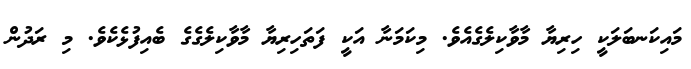
މައިކަނބަލަކީ ހިރިޔާ މާވާކިލެގެއެވެ. މިކަމަނާ އަކީ ފަތަހިރިޔާ މާވާކިލެގެގެ ބެއިފުޅެކެވެ. މި ރަދުން